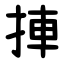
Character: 捙